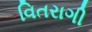
વિતરાગી